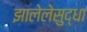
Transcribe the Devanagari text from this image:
झालेलेसुद्धा